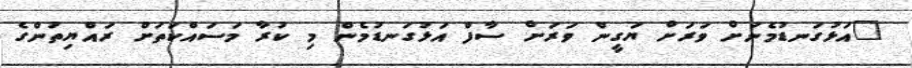
"އަޅުގަނޑުމެނަށް ވަރަށް ޔަގީން ވަރަށް ސާފް އަޅުގަނޑުމެން މި ކުރާ މަސައްކަތަށް ރައްޔިތުންގެ